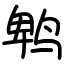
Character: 鹎